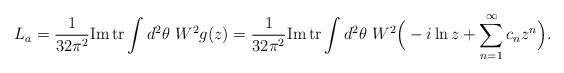
LaTeX: \begin{align*}L_a = \frac{1}{32\pi^2}\mbox{Im}\,\mbox{tr}\int d^2\theta\ W^2 g(z)= \frac{1}{32\pi^2}\mbox{Im}\,\mbox{tr}\int d^2\theta\ W^2 \Big(-i\ln z+\sum\limits_{n=1}^\infty c_n z^n\Big).\end{align*}